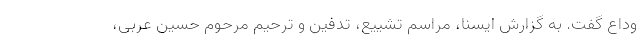
وداع گفت. به گزارش ایسنا، مراسم تشییع، تدفین و ترحیم مرحوم حسین عربی،